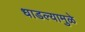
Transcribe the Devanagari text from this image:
धाडल्यामुळे